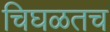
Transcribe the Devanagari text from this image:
चिघळतच